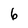
Character: 6